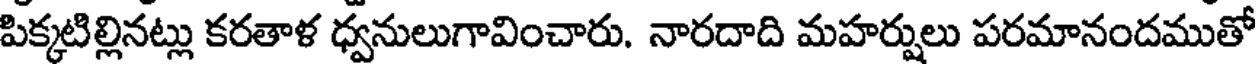
పిక్కటిల్లినట్లు కరతాళ ధ్వనులుగావించారు. నారదాది మహర్షులు పరమానందముతో